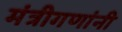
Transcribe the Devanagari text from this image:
मंत्रीगणांनी